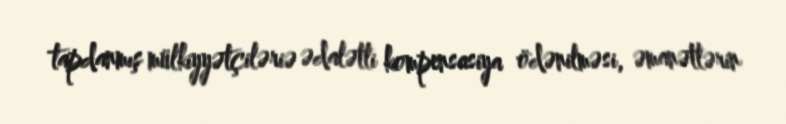
tapdanmış mülkiyyətçiləriə ədalətli kompensasiya ödənilməsi, əmanətlərin